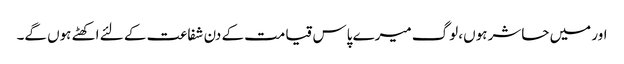
اور میں حاشر ہوں، لوگ میرے پاس قیامت کے دن شفاعت کے لئے اکھٹے ہوں گے۔